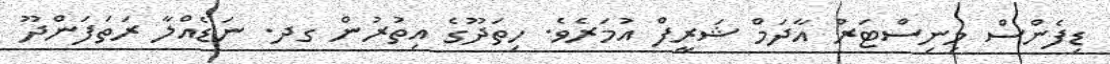
ޑިފެންސް މިނިސްޓަރު އާދަމް ޝަރީފް އުމަރެވެ. ހިތަދޫގެ އިތުރުން ގދ. ނަޑެއްލާ ރަތަފަންދޫ